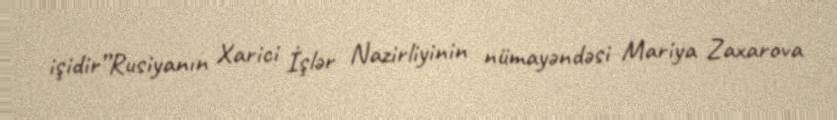
işidir”Rusiyanın Xarici İşlər Nazirliyinin nümayəndəsi Mariya Zaxarova